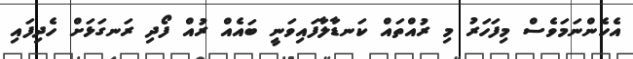
އެހެންނަމަވެސް މިފަހަރު މި ރުއްތައް ކަނޑާލާފައިވަނީ ބައެއް ރުއް ފޯދި ރަނގަޅަށް ހެދިފައި